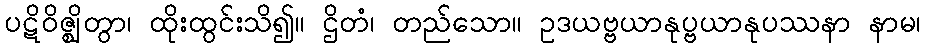
ပဋိဝိဇ္ဈိတွာ၊ ထိုးထွင်းသိ၍။ ဌိတံ၊ တည်သော။ ဥဒယဗ္ဗယာနုပ္ဗယာနုပဿနာ နာမ၊